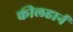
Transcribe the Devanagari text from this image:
कीलहार्न